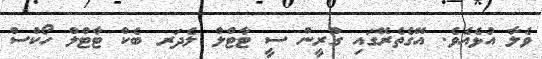
ވެލާ އުޅެއެވެ. އޭގެތެރޭގައި ގްރީން ސީ ޓާޓްލް ލެދަރ ބެކް ޓާޓްލް ހޯކްސް